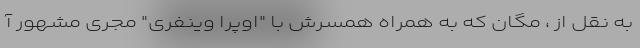
به نقل از ، مگان که به همراه همسرش با "اوپرا وینفری" مجری مشهور آ